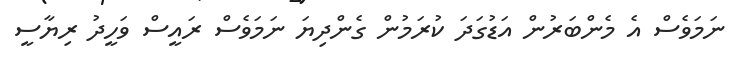
ނަމަވެސް އެ މެންބަރުން އަޑުގަދަ ކުރަމުން ގެންދިޔަ ނަމަވެސް ރައީސް ވަހީދު ރިޔާސީ